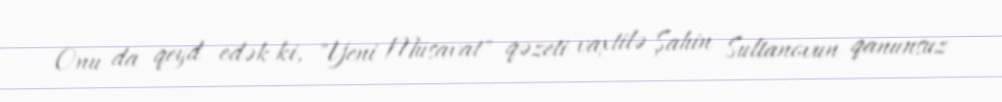
Onu da qeyd edək ki, "Yeni Müsavat" qəzeti vaxtilə Şahin Sultanovun qanunsuz